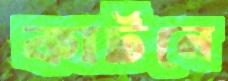
কার্টনে